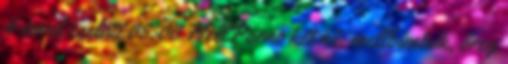
4 évvel ezelőtt 05:00 HellPorno két nő, mellbimbók, öreg